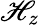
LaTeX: \mathscr{H}_{z}